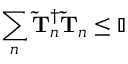
\sum _ { n } \mathbf { \widetilde { T } } _ { n } ^ { \dagger } \mathbf { \widetilde { T } } _ { n } \leq \mathbb { I }